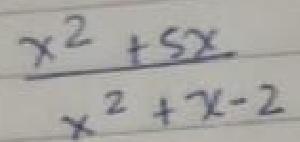
$\frac{x^{2}+5x}{x^{2}+x - 2}$